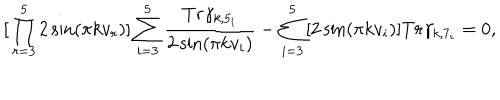
LaTeX: { \mathbf [ \prod _ { r = 3 } ^ { 5 } 2 \sin ( \pi k v _ { r } ) ] \sum _ { i = 3 } ^ { 5 } \frac { T r \gamma _ { k , 5 _ { i } } } { 2 \sin ( \pi k v _ { i } ) } - \sum _ { i = 3 } ^ { 5 } [ 2 \sin ( \pi k v _ { i } ) ] T r \gamma _ { k , 7 _ { i } } = 0 } ,